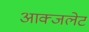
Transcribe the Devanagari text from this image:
आक्जलेट